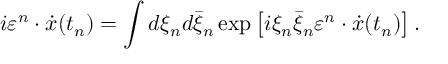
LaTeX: i \varepsilon ^ { n } \cdot \dot { x } ( t _ { n } ) = \int { d \xi _ { n } } d \bar { \xi } _ { n } \exp \left[ { i \xi _ { n } \bar { \xi } _ { n } \varepsilon ^ { n } \cdot \dot { x } ( t _ { n } ) } \right] .